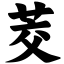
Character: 茭